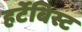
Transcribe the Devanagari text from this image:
हर्टेबिस्ट